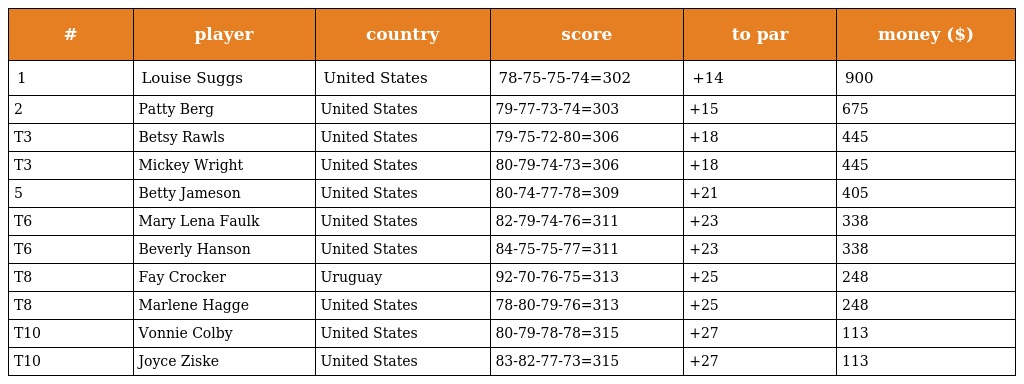
| # | player | country | score | to par | money ($) |
 | --- | --- | --- | --- | --- | --- |
 | 1 | Louise Suggs | United States | 78-75-75-74=302 | +14 | 900 |
 | 2 | Patty Berg | United States | 79-77-73-74=303 | +15 | 675 |
 | T3 | Betsy Rawls | United States | 79-75-72-80=306 | +18 | 445 |
 | T3 | Mickey Wright | United States | 80-79-74-73=306 | +18 | 445 |
 | 5 | Betty Jameson | United States | 80-74-77-78=309 | +21 | 405 |
 | T6 | Mary Lena Faulk | United States | 82-79-74-76=311 | +23 | 338 |
 | T6 | Beverly Hanson | United States | 84-75-75-77=311 | +23 | 338 |
 | T8 | Fay Crocker | Uruguay | 92-70-76-75=313 | +25 | 248 |
 | T8 | Marlene Hagge | United States | 78-80-79-76=313 | +25 | 248 |
 | T10 | Vonnie Colby | United States | 80-79-78-78=315 | +27 | 113 |
 | T10 | Joyce Ziske | United States | 83-82-77-73=315 | +27 | 113 |